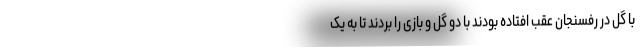
با گل در رفسنجان عقب افتاده بودند با دو گل و بازی را بردند تا به یک